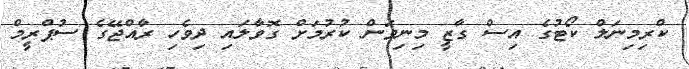
ކްރިމިނަލް ކޯޓުގެ އިސް ގާޒީ މިނިވަން ކުރުމަށް ގޮވާލައި ދިވެހި ރާއްޖޭގެ ސުޕްރީމް